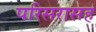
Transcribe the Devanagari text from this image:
परिसरासह